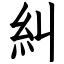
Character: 糾